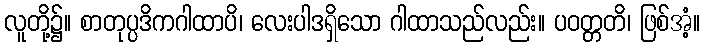
လူတို့၌။ စာတုပ္ပဒိကဂါထာပိ၊ လေးပါဒရှိသော ဂါထာသည်လည်း။ ပဝတ္တတိ၊ ဖြစ်အံ့။